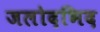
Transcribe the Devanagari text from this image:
जलोदभिद